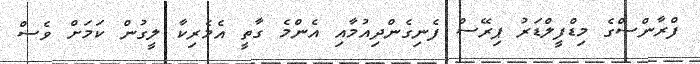
ފްރާންސްގެ މިޑްފީލްޑަރު ޕިރޭސް ފެނިގެންދިއުމާއި އެންމެ ގާތީ އެމެރިކާ ލީގުން ކަމަށް ވެސް